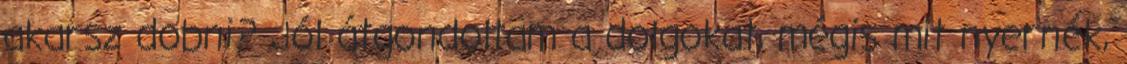
akarsz dobni? Jól átgondoltam a dolgokat, mégis mit nyernék,